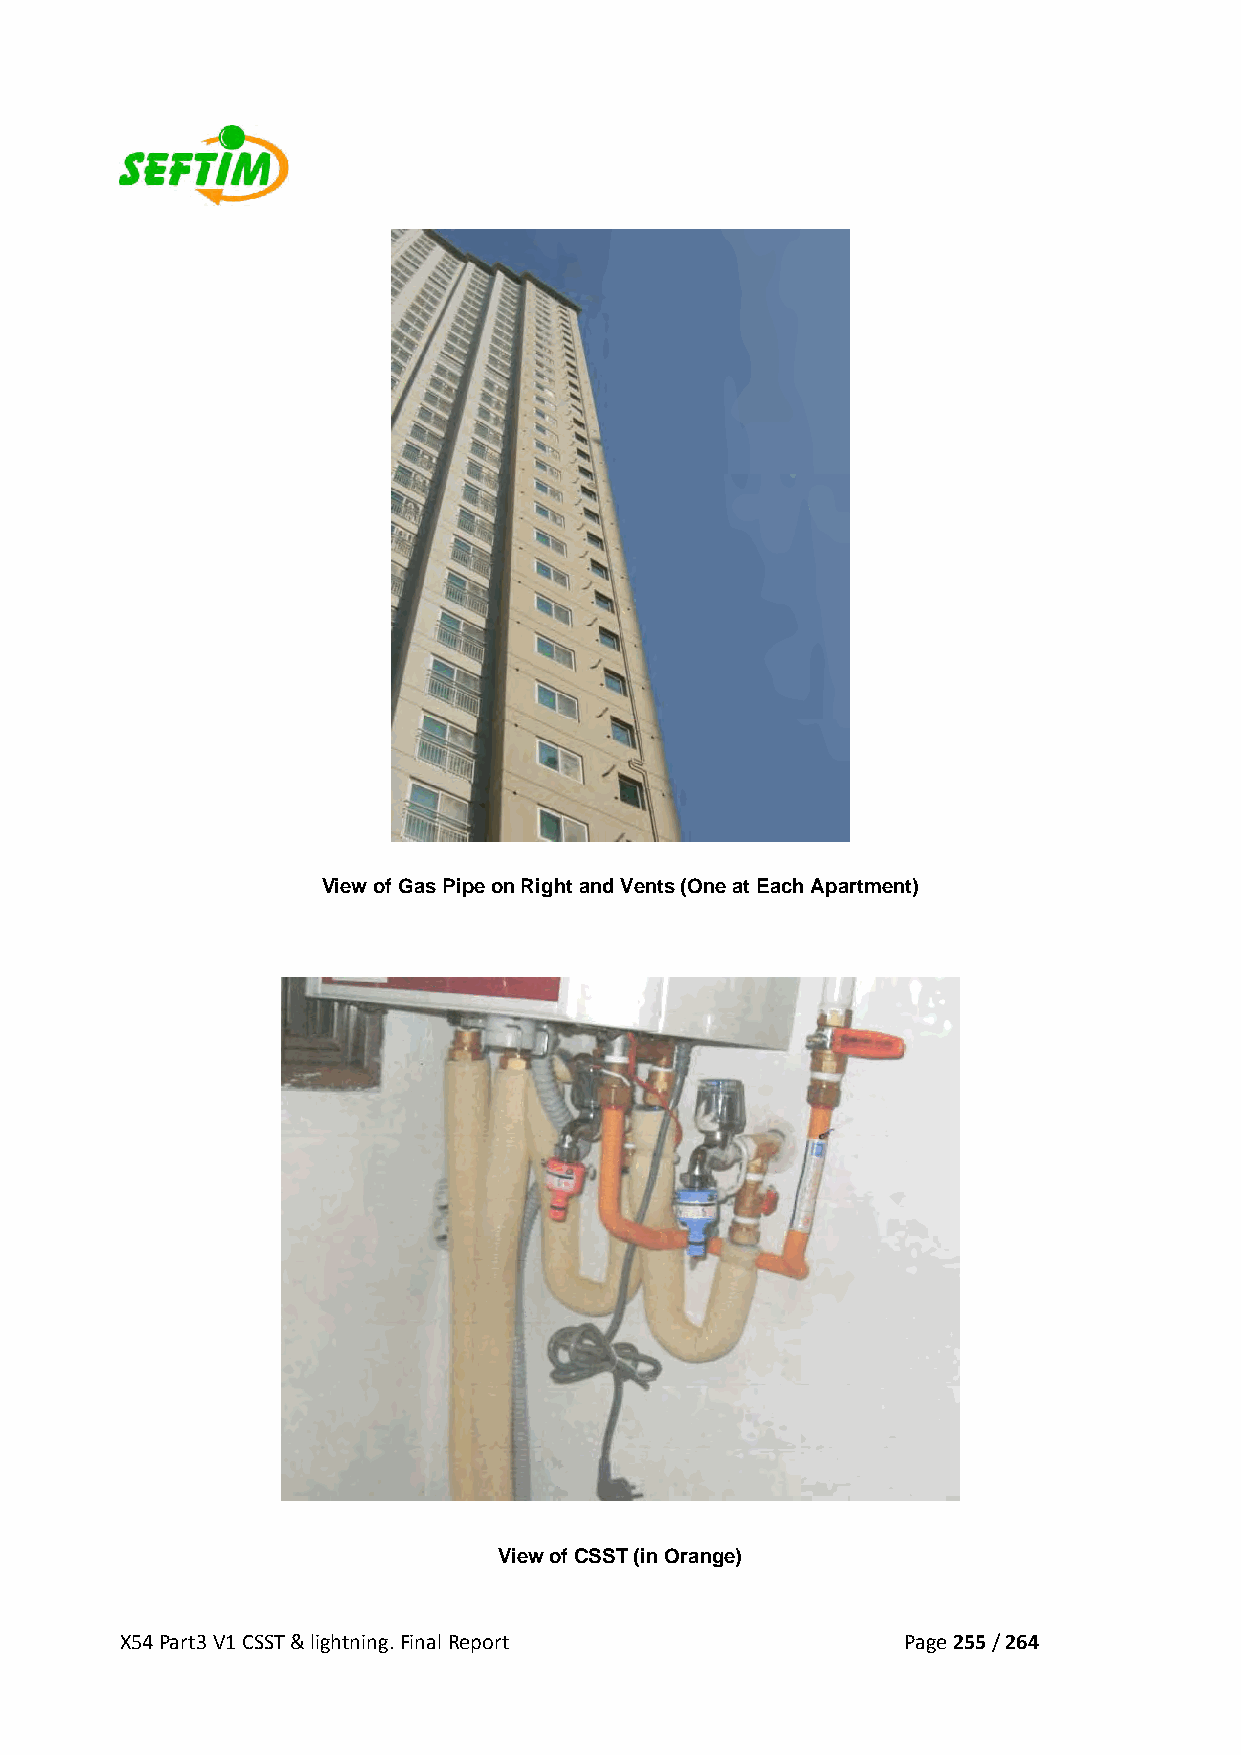
View of Gas Pipe on Right and Vents (One at Each Apartment)
 View of CSST (in Orange)
 X54 Part3 V1 CSST & lightning. Final Report         Page 255 / 264